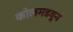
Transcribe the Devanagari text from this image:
कोलमडवून